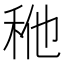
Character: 𰨢